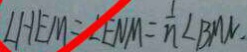
\angle H E M = \angle E N M = \frac { 1 } { n } \angle B M N .